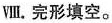
Ⅷ.完形填空。